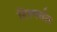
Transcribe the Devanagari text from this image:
रिस्पर्सल